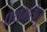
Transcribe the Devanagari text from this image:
प्रथमतंतु